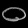
Digit: ၀